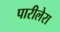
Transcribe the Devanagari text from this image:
पारीलेरा